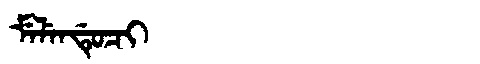
Manchu: ᠮᡝᠯᡝᠨᡩᡠᠴᡳ
Romanization: MELENDUCI